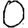
Digit: 0